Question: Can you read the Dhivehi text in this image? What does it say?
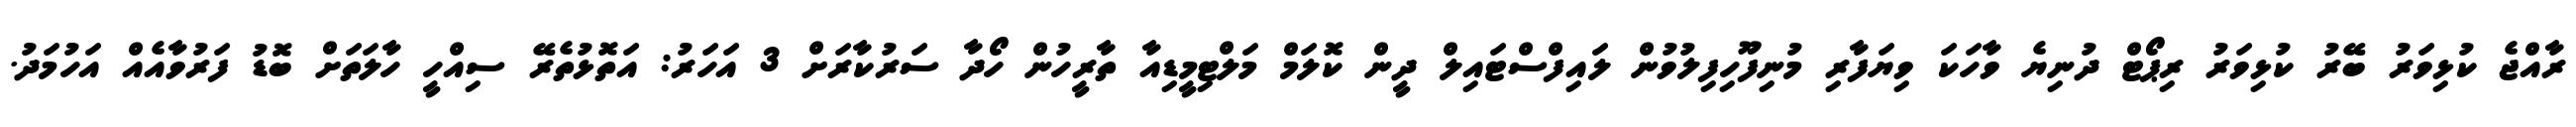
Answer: ރާއްޖެ ކުޅިވަރު ބޭރު ކުޅިވަރު ރިޕޯޓް ދުނިޔެ ވާހަކަ ވިޔަފާރި މުނިފޫހިފިލުވުން ލައިފްސްޓައިލް ދީން ކޮލަމް މަލްޓިމީޑިއާ ތާރީހުން ހޯދާ ސަރުކާރަށް 3 އަހަރު: އަތޮޅުތެރޭ ސިއްހީ ހާލަތަށް ބޮޑު ފަރުވާއެއް އަހުމަދު.